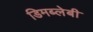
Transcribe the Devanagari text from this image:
डिमब्लेबी